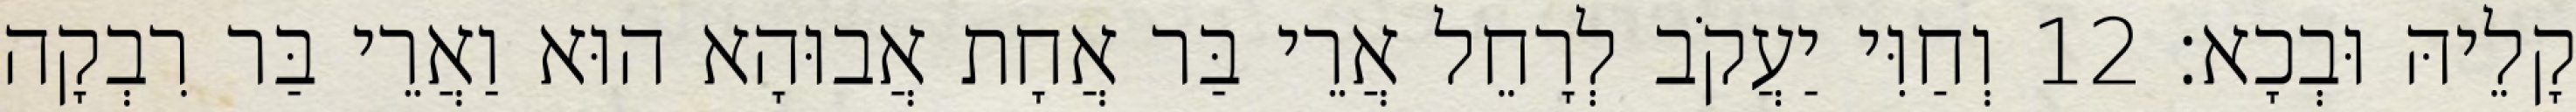
קָלֵיהּ וּבְכָא׃ 12 וְחַוִּי יַעֲקֹב לְרָחֵל אֲרֵי בַּר אֲחָת אֲבוּהָא הוּא וַאֲרֵי בַּר רִבְקָה